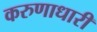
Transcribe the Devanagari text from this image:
करुणाधारी